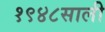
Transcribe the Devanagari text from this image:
१९४८साली